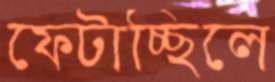
ফেটাচ্ছিলে